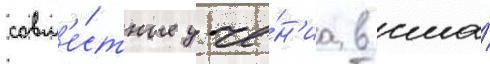
совм'е́стные уче́н'иа в сша́